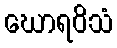
ဃောရဝိသံ